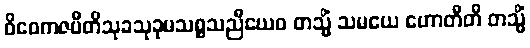
ဝိဝေကဇပီတိသုခသုခုမသစ္စသညီယေဝ တသ္မိံ သမယေ ဟောတီတိ တသ္မိံ